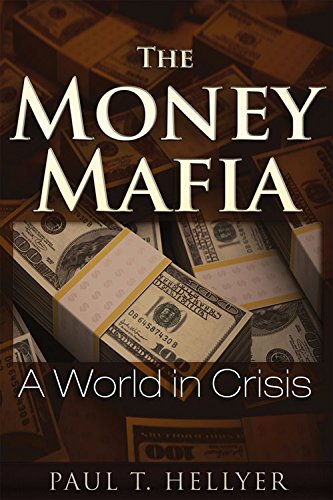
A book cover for The Money Mafia: A World in Crisis; Paul T. Hellyer; Science & Math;